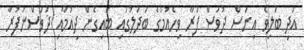
އަދި ބަލިވެ އިނަސް ދުވަސް ފުރާ ވިހެއުމުގެ ބަދަލުގައި ބައިގެން ދިއުމާއި ދުވަސްނުފުރާ